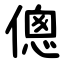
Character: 傯